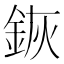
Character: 𨦗